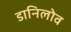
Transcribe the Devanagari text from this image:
डानिलोव